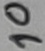
Text: 10